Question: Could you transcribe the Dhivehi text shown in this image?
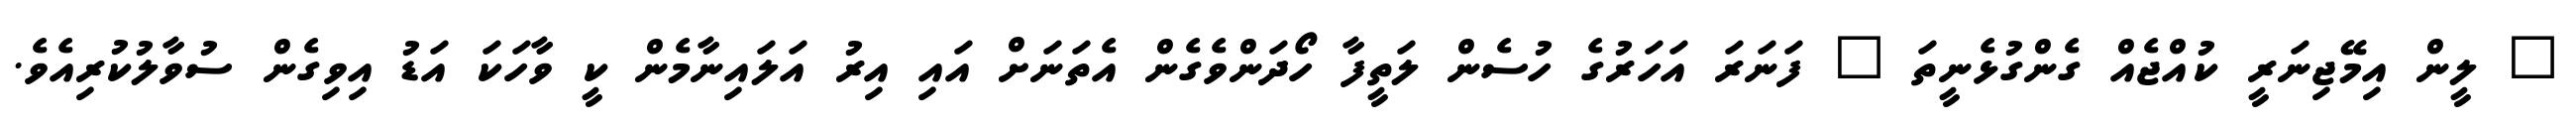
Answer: " ލީން އިމޭޖިނަރީ ކުއްޖެއް ގެންގުޅެނީތަ " ފަނަރަ އަހަރުގެ ހުސެން ލަތީފާ ހޯދަންވެގެން އެތަނަށް އައި އިރު އަލައިނާމެން ކީ ވާހަކަ އަޑު އިވިގެން ސުވާލުކުރިއެވެ.